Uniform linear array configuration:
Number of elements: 64
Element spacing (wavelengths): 0.5
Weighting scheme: binomial
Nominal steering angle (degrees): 15
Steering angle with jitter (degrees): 14.524
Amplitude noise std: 0.05
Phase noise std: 0.05

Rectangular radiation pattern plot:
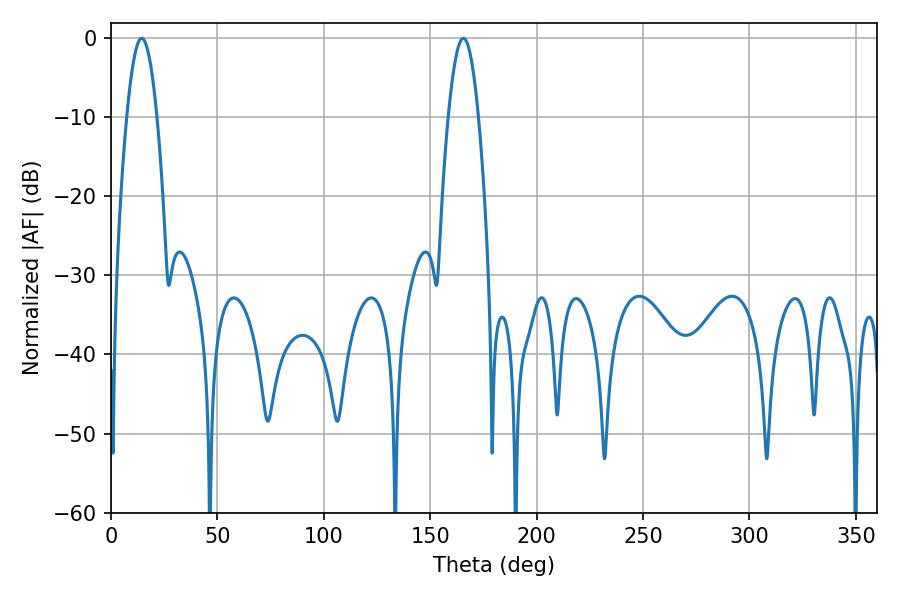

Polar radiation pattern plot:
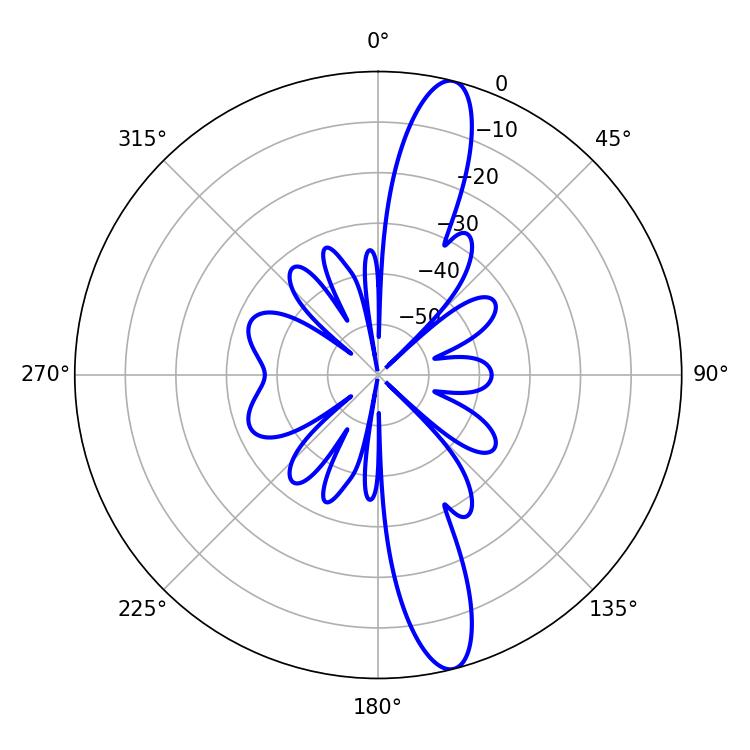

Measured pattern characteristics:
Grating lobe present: FALSE
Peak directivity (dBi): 14.404
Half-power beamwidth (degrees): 7.74
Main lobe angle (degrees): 14.4